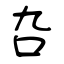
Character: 叴